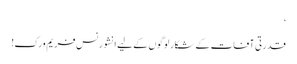
‘
قدرتی آفات کے شکار لوگوں کے لیے انشورنس فریم ورک!